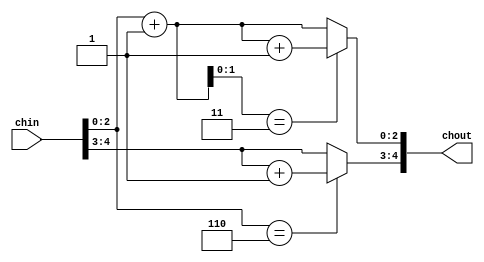
/*  This file is part of JT12.

    JT12 is free software: you can redistribute it and/or modify
    it under the terms of the GNU General Public License as published by
    the Free Software Foundation, either version 3 of the License, or
    (at your option) any later version.

    JT12 is distributed in the hope that it will be useful,
    but WITHOUT ANY WARRANTY; without even the implied warranty of
    MERCHANTABILITY or FITNESS FOR A PARTICULAR PURPOSE.  See the
    GNU General Public License for more details.

    You should have received a copy of the GNU General Public License
    along with JT12.  If not, see <http://www.gnu.org/licenses/>.

	Author: Jose Tejada Gomez. Twitter: @topapate
	Version: 1.0
	Date: 1-31-2017
	*/

`timescale 1ns / 1ps

/* The input is {op[1:0], ch[2:0]}
 it adds 1 to the channel and overflow to the operator correctly */

module jt12_sumch
(	
	input		[4:0] chin,
   	output reg 	[4:0] chout
);

parameter num_ch=6;

reg [2:0] aux;

always @(*) begin
	aux = chin[2:0] + 3'd1;
    if( num_ch==6 ) begin
    	chout[2:0] = aux[1:0]==2'b11 ? aux+3'd1 : aux;
    	chout[4:3] = chin[2:0]==3'd6 ? chin[4:3]+2'd1 : chin[4:3]; // next operator
    end else begin // 3 channels
        chout[2:0] = aux[1:0]==2'b11 ? 3'd0 : aux;
        chout[4:3] = chin[2:0]==3'd2 ? chin[4:3]+2'd1 : chin[4:3]; // next operator
    end
end

endmodule